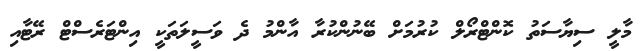
މާލީ ސިޔާސަތު ކޮންޓްރޯލް ކުރުމަށް ބޭނުންކުރާ އާންމު ދެ ވަސީލަތަކީ އިންޓަރެސްޓް ރޭޓާއި